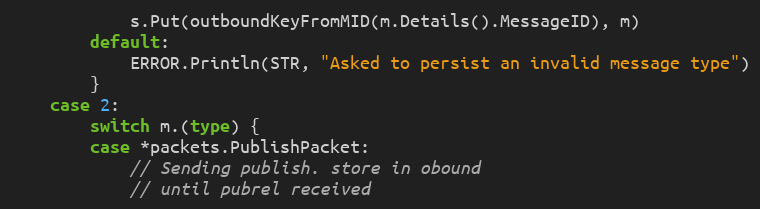
Language: Go
			s.Put(outboundKeyFromMID(m.Details().MessageID), m)
		default:
			ERROR.Println(STR, "Asked to persist an invalid message type")
		}
	case 2:
		switch m.(type) {
		case *packets.PublishPacket:
			// Sending publish. store in obound
			// until pubrel received